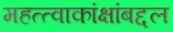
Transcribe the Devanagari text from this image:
महत्त्वाकांक्षांबद्दल